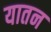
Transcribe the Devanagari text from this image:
यातन